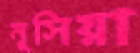
নূসিয়া